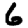
Digit: 6